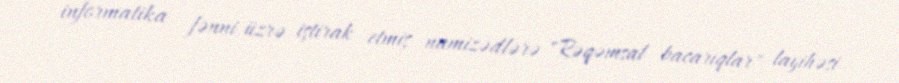
informatika fənni üzrə iştirak etmiş namizədlərə "Rəqəmsal bacarıqlar" layihəsi